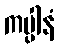
ကပ္ပါနံ